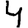
Digit: 4